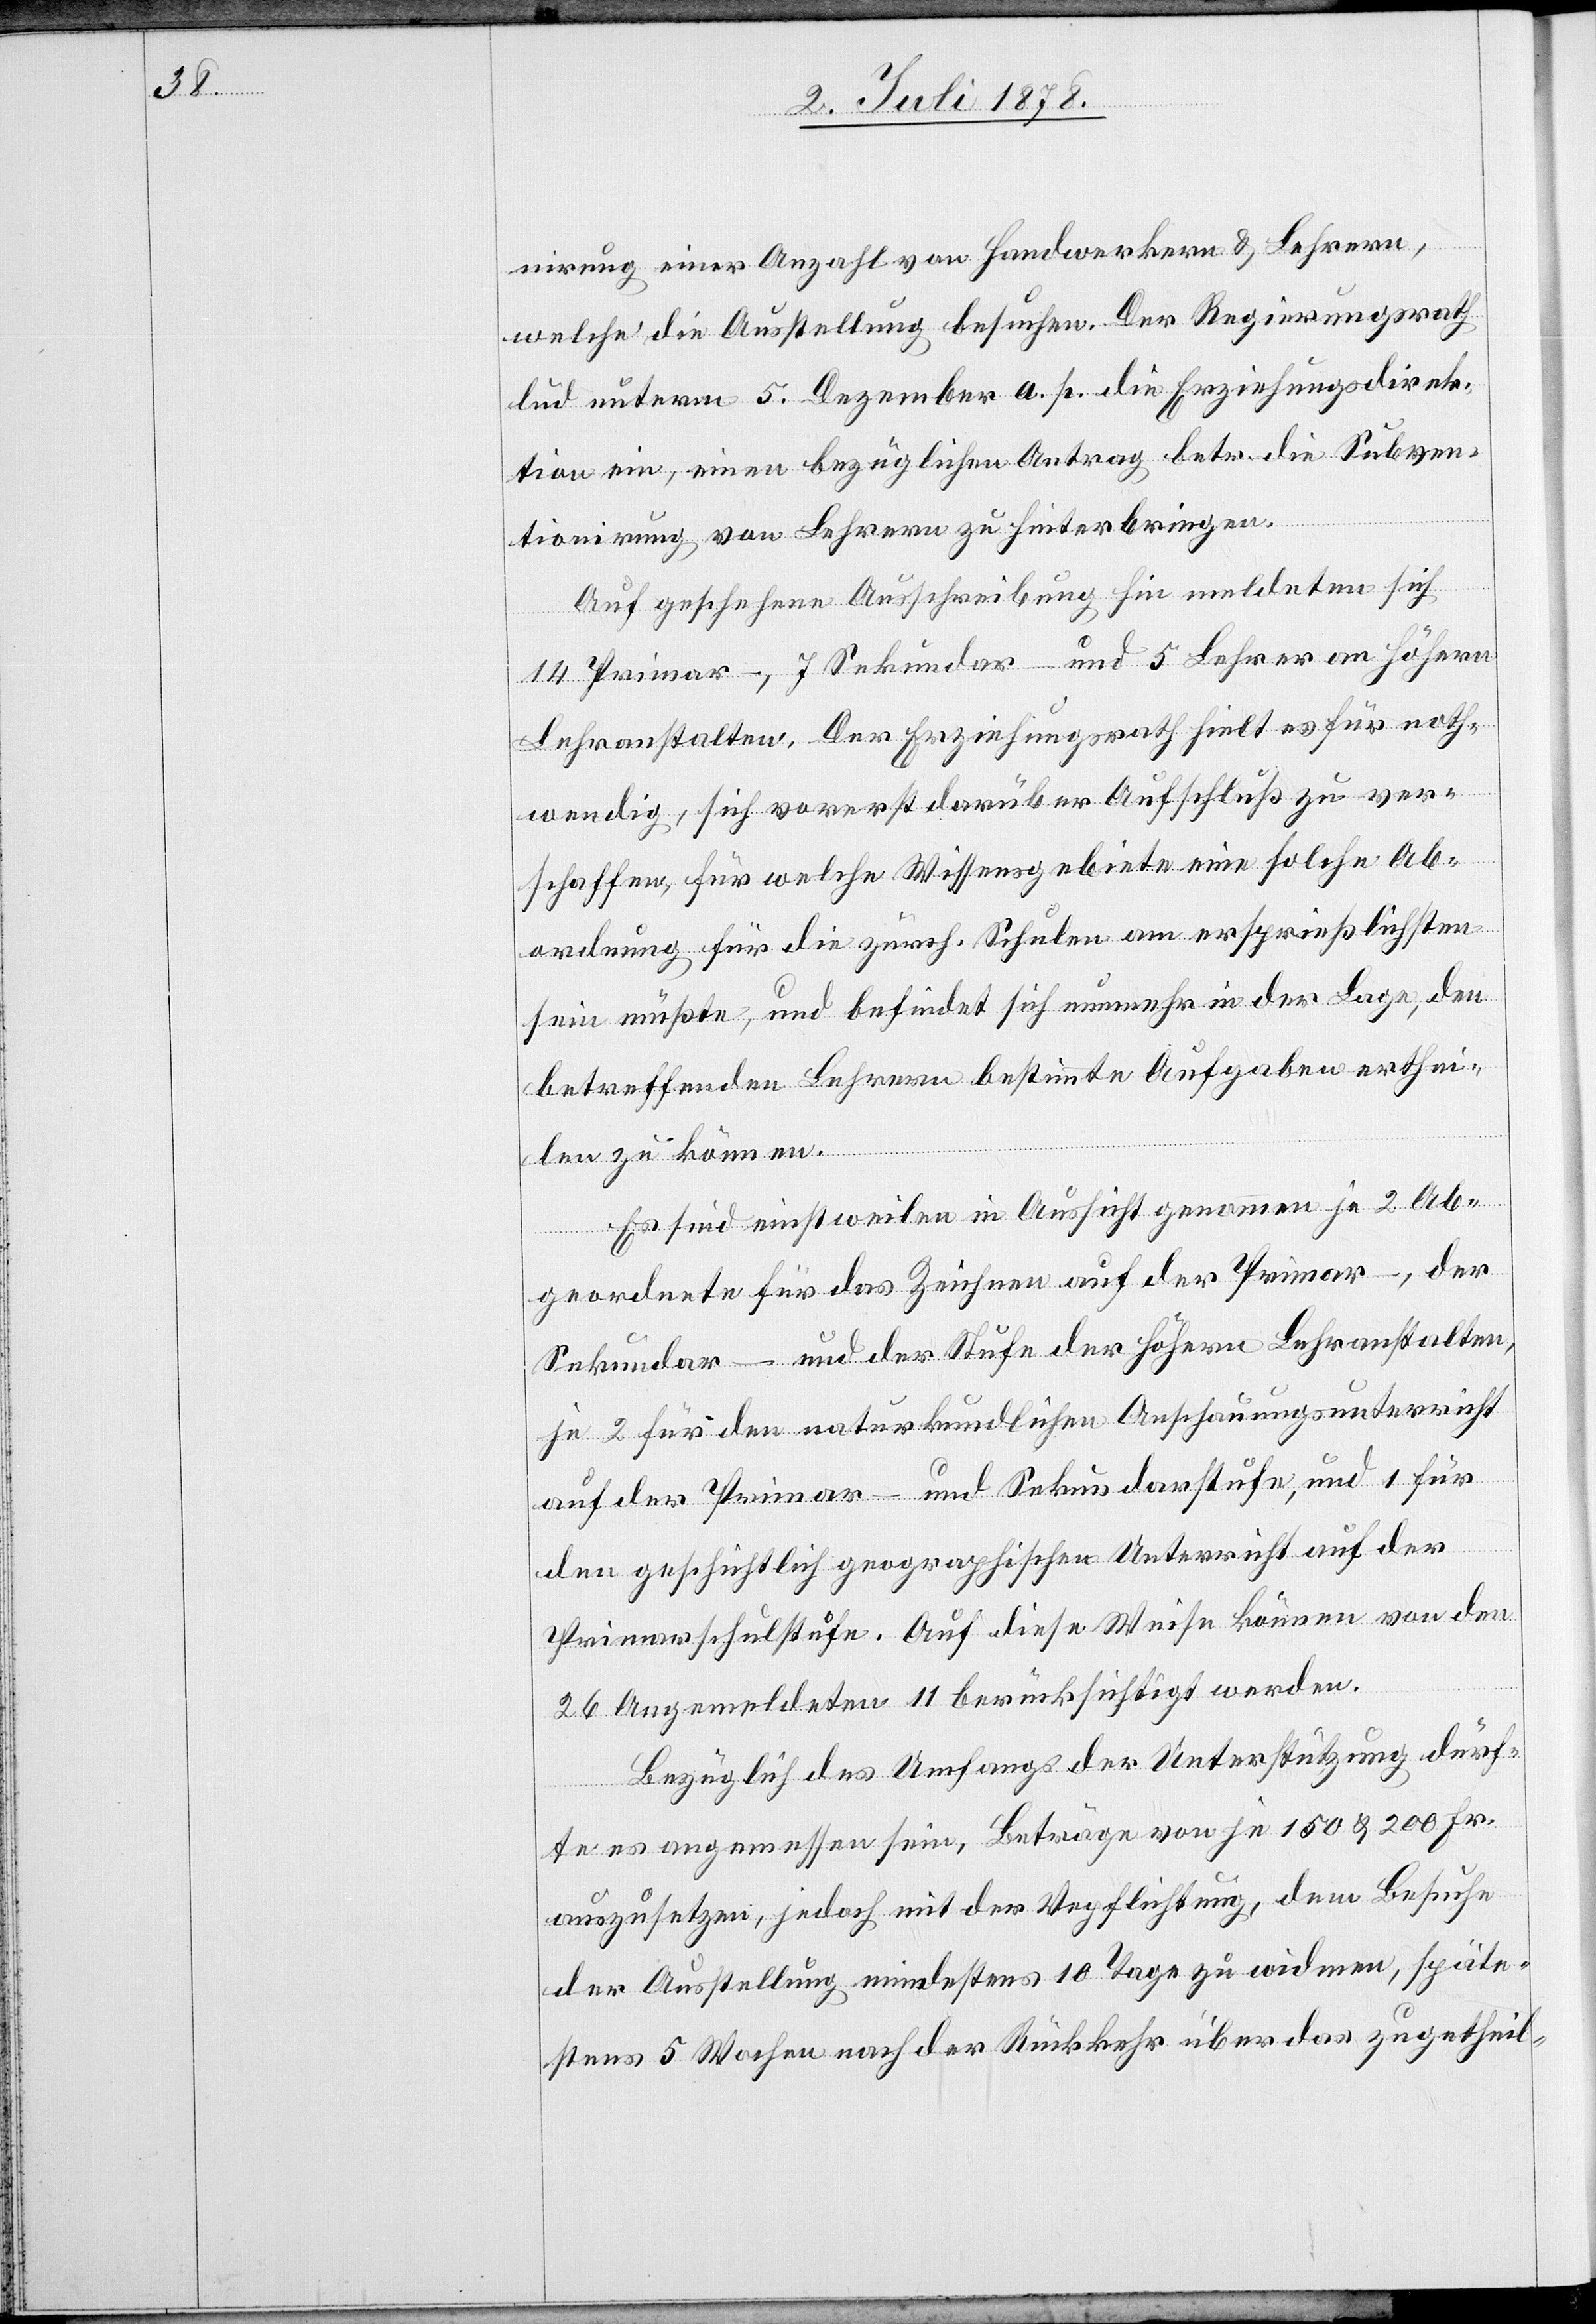
nirung einer Anzahl von Handwerkern & Lehrern,
welche die Ausstellung besuchen. Der Regierungsrath
lud unterm 5. Dezember a. p. die Erziehungsdirek¬
tion ein, einen bezüglichen Antrag betr. die Subven¬
tionirung von Lehrern zu hinterbringen.
Auf geschehene Ausschreibung hin meldeten sich
14 Primar-, 7 Sekundar- und 5 Lehrer an höhern
Lehranstalten. Der Erziehungsrath hielt es für noth¬
wendig, sich vorerst darüber Aufschluß zu ver¬
schaffen, für welche Wissensgebiete eine solche Ab¬
ordnung für die zürch. Schulen am ersprießlichsten
sein müßte, und befindet sich nunmehr in der Lage, den
betreffenden Lehrern bestimmte Aufgaben erthei¬
len zu können.
Es sind einstweilen in Aussicht genommen je 2 Ab¬
geordnete für das Zeichen auf der Primar-, der
Sekundar- und der Stufe der höhern Lehranstalten,
je 2 für den naturkundlichen Anschauungsunterricht
auf der Primar- und Sekundarstufe, und 1 für
den geschichtlich geographischen Unterricht auf der
Primarschulstufe. Auf diese Weise können von den
26 Angemeldeten 11 berücksichtigt werden.
Bezüglich des Umfangs der Unterstützung dürf¬
te es angemessen sein, Beträge von je 150 & 200 Fr.
auszusetzen, jedoch mit der Verpflichtung, dem Besuche
der Ausstellung mindestens 10 Tage zu widmen, späte¬
stens 5 Wochen nach der Rückkehr über das zugetheil-